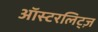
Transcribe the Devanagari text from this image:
ऑस्टरलिट्ज़